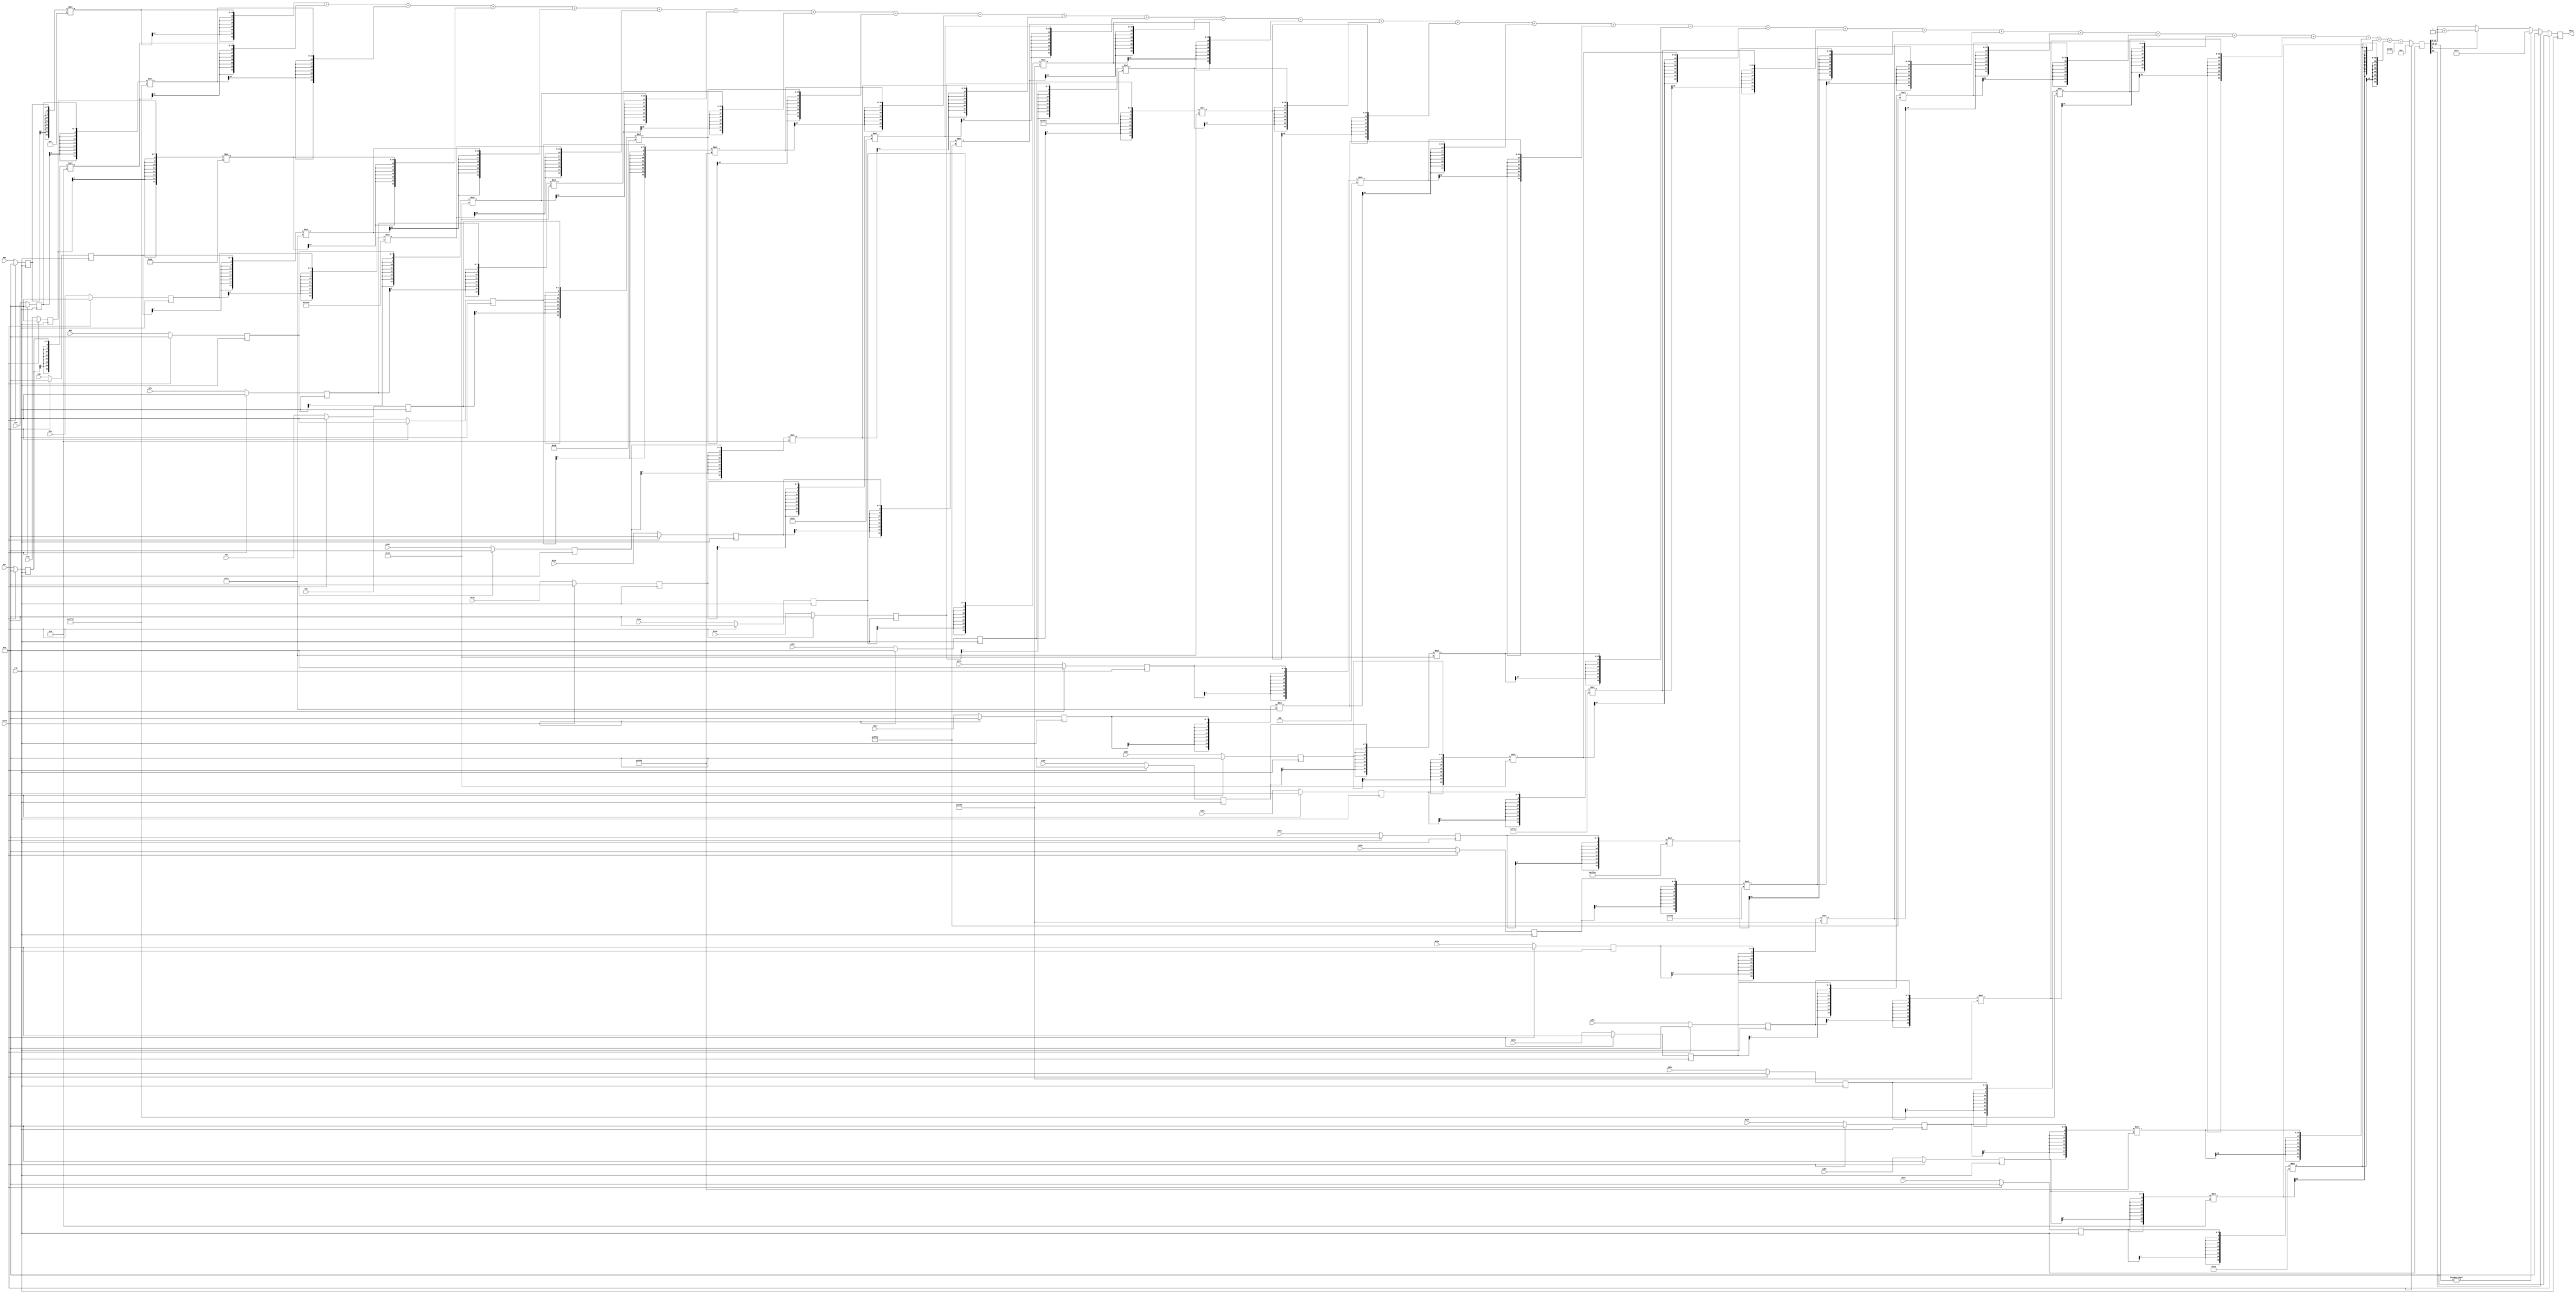
module node_5_12(clk,reset,N12x,A0x,A1x,A2x,A3x,A4x,A5x,A6x,A7x,A8x,A9x,A10x,A11x,A12x,A13x,A14x,A15x,A16x,A17x,A18x,A19x,A20x,A21x,A22x,A23x,A24x,A25x,A26x,A27x,A28x,A29x);
	input clk;
	input reset;
	input [7:0] A0x, A1x, A2x, A3x, A4x, A5x, A6x, A7x, A8x, A9x, A10x, A11x, A12x, A13x, A14x, A15x, A16x, A17x, A18x, A19x, A20x, A21x, A22x, A23x, A24x, A25x, A26x, A27x, A28x, A29x;
	reg [7:0] A0x_c, A1x_c, A2x_c, A3x_c, A4x_c, A5x_c, A6x_c, A7x_c, A8x_c, A9x_c, A10x_c, A11x_c, A12x_c, A13x_c, A14x_c, A15x_c, A16x_c, A17x_c, A18x_c, A19x_c, A20x_c, A21x_c, A22x_c, A23x_c, A24x_c, A25x_c, A26x_c, A27x_c, A28x_c, A29x_c;
	wire [15:0] sum0x, sum1x, sum2x, sum3x, sum4x, sum5x, sum6x, sum7x, sum8x, sum9x, sum10x, sum11x, sum12x, sum13x, sum14x, sum15x, sum16x, sum17x, sum18x, sum19x, sum20x, sum21x, sum22x, sum23x, sum24x, sum25x, sum26x, sum27x, sum28x, sum29x;
	output reg [7:0] N12x;
	reg [22:0] sumout;

	parameter [7:0] W0x=8'd12;
	parameter [7:0] W1x=8'd6;
	parameter [7:0] W2x=-8'd10;
	parameter [7:0] W3x=8'd32;
	parameter [7:0] W4x=8'd20;
	parameter [7:0] W5x=-8'd34;
	parameter [7:0] W6x=8'd18;
	parameter [7:0] W7x=8'd18;
	parameter [7:0] W8x=8'd22;
	parameter [7:0] W9x=-8'd8;
	parameter [7:0] W10x=8'd6;
	parameter [7:0] W11x=8'd34;
	parameter [7:0] W12x=-8'd2;
	parameter [7:0] W13x=-8'd16;
	parameter [7:0] W14x=-8'd14;
	parameter [7:0] W15x=8'd20;
	parameter [7:0] W16x=8'd20;
	parameter [7:0] W17x=8'd4;
	parameter [7:0] W18x=8'd18;
	parameter [7:0] W19x=8'd18;
	parameter [7:0] W20x=-8'd58;
	parameter [7:0] W21x=-8'd22;
	parameter [7:0] W22x=-8'd32;
	parameter [7:0] W23x=-8'd16;
	parameter [7:0] W24x=-8'd2;
	parameter [7:0] W25x=-8'd16;
	parameter [7:0] W26x=-8'd10;
	parameter [7:0] W27x=-8'd8;
	parameter [7:0] W28x=8'd6;
	parameter [7:0] W29x=8'd16;
	parameter [15:0] B0x=16'd1024;


	assign sum0x = {A0x_c[7],A0x_c[7],A0x_c[7],A0x_c[7],A0x_c[7],A0x_c[7],A0x_c[7],A0x_c[7],A0x_c}*{W0x[7],W0x[7],W0x[7],W0x[7],W0x[7],W0x[7],W0x[7],W0x[7],W0x};
	assign sum1x = {A1x_c[7],A1x_c[7],A1x_c[7],A1x_c[7],A1x_c[7],A1x_c[7],A1x_c[7],A1x_c[7],A1x_c}*{W1x[7],W1x[7],W1x[7],W1x[7],W1x[7],W1x[7],W1x[7],W1x[7],W1x};
	assign sum2x = {A2x_c[7],A2x_c[7],A2x_c[7],A2x_c[7],A2x_c[7],A2x_c[7],A2x_c[7],A2x_c[7],A2x_c}*{W2x[7],W2x[7],W2x[7],W2x[7],W2x[7],W2x[7],W2x[7],W2x[7],W2x};
	assign sum3x = {A3x_c[7],A3x_c[7],A3x_c[7],A3x_c[7],A3x_c[7],A3x_c[7],A3x_c[7],A3x_c[7],A3x_c}*{W3x[7],W3x[7],W3x[7],W3x[7],W3x[7],W3x[7],W3x[7],W3x[7],W3x};
	assign sum4x = {A4x_c[7],A4x_c[7],A4x_c[7],A4x_c[7],A4x_c[7],A4x_c[7],A4x_c[7],A4x_c[7],A4x_c}*{W4x[7],W4x[7],W4x[7],W4x[7],W4x[7],W4x[7],W4x[7],W4x[7],W4x};
	assign sum5x = {A5x_c[7],A5x_c[7],A5x_c[7],A5x_c[7],A5x_c[7],A5x_c[7],A5x_c[7],A5x_c[7],A5x_c}*{W5x[7],W5x[7],W5x[7],W5x[7],W5x[7],W5x[7],W5x[7],W5x[7],W5x};
	assign sum6x = {A6x_c[7],A6x_c[7],A6x_c[7],A6x_c[7],A6x_c[7],A6x_c[7],A6x_c[7],A6x_c[7],A6x_c}*{W6x[7],W6x[7],W6x[7],W6x[7],W6x[7],W6x[7],W6x[7],W6x[7],W6x};
	assign sum7x = {A7x_c[7],A7x_c[7],A7x_c[7],A7x_c[7],A7x_c[7],A7x_c[7],A7x_c[7],A7x_c[7],A7x_c}*{W7x[7],W7x[7],W7x[7],W7x[7],W7x[7],W7x[7],W7x[7],W7x[7],W7x};
	assign sum8x = {A8x_c[7],A8x_c[7],A8x_c[7],A8x_c[7],A8x_c[7],A8x_c[7],A8x_c[7],A8x_c[7],A8x_c}*{W8x[7],W8x[7],W8x[7],W8x[7],W8x[7],W8x[7],W8x[7],W8x[7],W8x};
	assign sum9x = {A9x_c[7],A9x_c[7],A9x_c[7],A9x_c[7],A9x_c[7],A9x_c[7],A9x_c[7],A9x_c[7],A9x_c}*{W9x[7],W9x[7],W9x[7],W9x[7],W9x[7],W9x[7],W9x[7],W9x[7],W9x};
	assign sum10x = {A10x_c[7],A10x_c[7],A10x_c[7],A10x_c[7],A10x_c[7],A10x_c[7],A10x_c[7],A10x_c[7],A10x_c}*{W10x[7],W10x[7],W10x[7],W10x[7],W10x[7],W10x[7],W10x[7],W10x[7],W10x};
	assign sum11x = {A11x_c[7],A11x_c[7],A11x_c[7],A11x_c[7],A11x_c[7],A11x_c[7],A11x_c[7],A11x_c[7],A11x_c}*{W11x[7],W11x[7],W11x[7],W11x[7],W11x[7],W11x[7],W11x[7],W11x[7],W11x};
	assign sum12x = {A12x_c[7],A12x_c[7],A12x_c[7],A12x_c[7],A12x_c[7],A12x_c[7],A12x_c[7],A12x_c[7],A12x_c}*{W12x[7],W12x[7],W12x[7],W12x[7],W12x[7],W12x[7],W12x[7],W12x[7],W12x};
	assign sum13x = {A13x_c[7],A13x_c[7],A13x_c[7],A13x_c[7],A13x_c[7],A13x_c[7],A13x_c[7],A13x_c[7],A13x_c}*{W13x[7],W13x[7],W13x[7],W13x[7],W13x[7],W13x[7],W13x[7],W13x[7],W13x};
	assign sum14x = {A14x_c[7],A14x_c[7],A14x_c[7],A14x_c[7],A14x_c[7],A14x_c[7],A14x_c[7],A14x_c[7],A14x_c}*{W14x[7],W14x[7],W14x[7],W14x[7],W14x[7],W14x[7],W14x[7],W14x[7],W14x};
	assign sum15x = {A15x_c[7],A15x_c[7],A15x_c[7],A15x_c[7],A15x_c[7],A15x_c[7],A15x_c[7],A15x_c[7],A15x_c}*{W15x[7],W15x[7],W15x[7],W15x[7],W15x[7],W15x[7],W15x[7],W15x[7],W15x};
	assign sum16x = {A16x_c[7],A16x_c[7],A16x_c[7],A16x_c[7],A16x_c[7],A16x_c[7],A16x_c[7],A16x_c[7],A16x_c}*{W16x[7],W16x[7],W16x[7],W16x[7],W16x[7],W16x[7],W16x[7],W16x[7],W16x};
	assign sum17x = {A17x_c[7],A17x_c[7],A17x_c[7],A17x_c[7],A17x_c[7],A17x_c[7],A17x_c[7],A17x_c[7],A17x_c}*{W17x[7],W17x[7],W17x[7],W17x[7],W17x[7],W17x[7],W17x[7],W17x[7],W17x};
	assign sum18x = {A18x_c[7],A18x_c[7],A18x_c[7],A18x_c[7],A18x_c[7],A18x_c[7],A18x_c[7],A18x_c[7],A18x_c}*{W18x[7],W18x[7],W18x[7],W18x[7],W18x[7],W18x[7],W18x[7],W18x[7],W18x};
	assign sum19x = {A19x_c[7],A19x_c[7],A19x_c[7],A19x_c[7],A19x_c[7],A19x_c[7],A19x_c[7],A19x_c[7],A19x_c}*{W19x[7],W19x[7],W19x[7],W19x[7],W19x[7],W19x[7],W19x[7],W19x[7],W19x};
	assign sum20x = {A20x_c[7],A20x_c[7],A20x_c[7],A20x_c[7],A20x_c[7],A20x_c[7],A20x_c[7],A20x_c[7],A20x_c}*{W20x[7],W20x[7],W20x[7],W20x[7],W20x[7],W20x[7],W20x[7],W20x[7],W20x};
	assign sum21x = {A21x_c[7],A21x_c[7],A21x_c[7],A21x_c[7],A21x_c[7],A21x_c[7],A21x_c[7],A21x_c[7],A21x_c}*{W21x[7],W21x[7],W21x[7],W21x[7],W21x[7],W21x[7],W21x[7],W21x[7],W21x};
	assign sum22x = {A22x_c[7],A22x_c[7],A22x_c[7],A22x_c[7],A22x_c[7],A22x_c[7],A22x_c[7],A22x_c[7],A22x_c}*{W22x[7],W22x[7],W22x[7],W22x[7],W22x[7],W22x[7],W22x[7],W22x[7],W22x};
	assign sum23x = {A23x_c[7],A23x_c[7],A23x_c[7],A23x_c[7],A23x_c[7],A23x_c[7],A23x_c[7],A23x_c[7],A23x_c}*{W23x[7],W23x[7],W23x[7],W23x[7],W23x[7],W23x[7],W23x[7],W23x[7],W23x};
	assign sum24x = {A24x_c[7],A24x_c[7],A24x_c[7],A24x_c[7],A24x_c[7],A24x_c[7],A24x_c[7],A24x_c[7],A24x_c}*{W24x[7],W24x[7],W24x[7],W24x[7],W24x[7],W24x[7],W24x[7],W24x[7],W24x};
	assign sum25x = {A25x_c[7],A25x_c[7],A25x_c[7],A25x_c[7],A25x_c[7],A25x_c[7],A25x_c[7],A25x_c[7],A25x_c}*{W25x[7],W25x[7],W25x[7],W25x[7],W25x[7],W25x[7],W25x[7],W25x[7],W25x};
	assign sum26x = {A26x_c[7],A26x_c[7],A26x_c[7],A26x_c[7],A26x_c[7],A26x_c[7],A26x_c[7],A26x_c[7],A26x_c}*{W26x[7],W26x[7],W26x[7],W26x[7],W26x[7],W26x[7],W26x[7],W26x[7],W26x};
	assign sum27x = {A27x_c[7],A27x_c[7],A27x_c[7],A27x_c[7],A27x_c[7],A27x_c[7],A27x_c[7],A27x_c[7],A27x_c}*{W27x[7],W27x[7],W27x[7],W27x[7],W27x[7],W27x[7],W27x[7],W27x[7],W27x};
	assign sum28x = {A28x_c[7],A28x_c[7],A28x_c[7],A28x_c[7],A28x_c[7],A28x_c[7],A28x_c[7],A28x_c[7],A28x_c}*{W28x[7],W28x[7],W28x[7],W28x[7],W28x[7],W28x[7],W28x[7],W28x[7],W28x};
	assign sum29x = {A29x_c[7],A29x_c[7],A29x_c[7],A29x_c[7],A29x_c[7],A29x_c[7],A29x_c[7],A29x_c[7],A29x_c}*{W29x[7],W29x[7],W29x[7],W29x[7],W29x[7],W29x[7],W29x[7],W29x[7],W29x};

	always@(posedge clk) begin

		if(reset)
			begin
			N12x<=8'd0;
			sumout<=16'd0;
			A0x_c <= 8'd0;
			A1x_c <= 8'd0;
			A2x_c <= 8'd0;
			A3x_c <= 8'd0;
			A4x_c <= 8'd0;
			A5x_c <= 8'd0;
			A6x_c <= 8'd0;
			A7x_c <= 8'd0;
			A8x_c <= 8'd0;
			A9x_c <= 8'd0;
			A10x_c <= 8'd0;
			A11x_c <= 8'd0;
			A12x_c <= 8'd0;
			A13x_c <= 8'd0;
			A14x_c <= 8'd0;
			A15x_c <= 8'd0;
			A16x_c <= 8'd0;
			A17x_c <= 8'd0;
			A18x_c <= 8'd0;
			A19x_c <= 8'd0;
			A20x_c <= 8'd0;
			A21x_c <= 8'd0;
			A22x_c <= 8'd0;
			A23x_c <= 8'd0;
			A24x_c <= 8'd0;
			A25x_c <= 8'd0;
			A26x_c <= 8'd0;
			A27x_c <= 8'd0;
			A28x_c <= 8'd0;
			A29x_c <= 8'd0;
			end
		else
			begin
			A0x_c <= A0x;
			A1x_c <= A1x;
			A2x_c <= A2x;
			A3x_c <= A3x;
			A4x_c <= A4x;
			A5x_c <= A5x;
			A6x_c <= A6x;
			A7x_c <= A7x;
			A8x_c <= A8x;
			A9x_c <= A9x;
			A10x_c <= A10x;
			A11x_c <= A11x;
			A12x_c <= A12x;
			A13x_c <= A13x;
			A14x_c <= A14x;
			A15x_c <= A15x;
			A16x_c <= A16x;
			A17x_c <= A17x;
			A18x_c <= A18x;
			A19x_c <= A19x;
			A20x_c <= A20x;
			A21x_c <= A21x;
			A22x_c <= A22x;
			A23x_c <= A23x;
			A24x_c <= A24x;
			A25x_c <= A25x;
			A26x_c <= A26x;
			A27x_c <= A27x;
			A28x_c <= A28x;
			A29x_c <= A29x;
			sumout<={sum0x[15],sum0x[15],sum0x[15],sum0x[15],sum0x[15],sum0x[15],sum0x[15],sum0x}+{sum1x[15],sum1x[15],sum1x[15],sum1x[15],sum1x[15],sum1x[15],sum1x[15],sum1x}+{sum2x[15],sum2x[15],sum2x[15],sum2x[15],sum2x[15],sum2x[15],sum2x[15],sum2x}+{sum3x[15],sum3x[15],sum3x[15],sum3x[15],sum3x[15],sum3x[15],sum3x[15],sum3x}+{sum4x[15],sum4x[15],sum4x[15],sum4x[15],sum4x[15],sum4x[15],sum4x[15],sum4x}+{sum5x[15],sum5x[15],sum5x[15],sum5x[15],sum5x[15],sum5x[15],sum5x[15],sum5x}+{sum6x[15],sum6x[15],sum6x[15],sum6x[15],sum6x[15],sum6x[15],sum6x[15],sum6x}+{sum7x[15],sum7x[15],sum7x[15],sum7x[15],sum7x[15],sum7x[15],sum7x[15],sum7x}+{sum8x[15],sum8x[15],sum8x[15],sum8x[15],sum8x[15],sum8x[15],sum8x[15],sum8x}+{sum9x[15],sum9x[15],sum9x[15],sum9x[15],sum9x[15],sum9x[15],sum9x[15],sum9x}+{sum10x[15],sum10x[15],sum10x[15],sum10x[15],sum10x[15],sum10x[15],sum10x[15],sum10x}+{sum11x[15],sum11x[15],sum11x[15],sum11x[15],sum11x[15],sum11x[15],sum11x[15],sum11x}+{sum12x[15],sum12x[15],sum12x[15],sum12x[15],sum12x[15],sum12x[15],sum12x[15],sum12x}+{sum13x[15],sum13x[15],sum13x[15],sum13x[15],sum13x[15],sum13x[15],sum13x[15],sum13x}+{sum14x[15],sum14x[15],sum14x[15],sum14x[15],sum14x[15],sum14x[15],sum14x[15],sum14x}+{sum15x[15],sum15x[15],sum15x[15],sum15x[15],sum15x[15],sum15x[15],sum15x[15],sum15x}+{sum16x[15],sum16x[15],sum16x[15],sum16x[15],sum16x[15],sum16x[15],sum16x[15],sum16x}+{sum17x[15],sum17x[15],sum17x[15],sum17x[15],sum17x[15],sum17x[15],sum17x[15],sum17x}+{sum18x[15],sum18x[15],sum18x[15],sum18x[15],sum18x[15],sum18x[15],sum18x[15],sum18x}+{sum19x[15],sum19x[15],sum19x[15],sum19x[15],sum19x[15],sum19x[15],sum19x[15],sum19x}+{sum20x[15],sum20x[15],sum20x[15],sum20x[15],sum20x[15],sum20x[15],sum20x[15],sum20x}+{sum21x[15],sum21x[15],sum21x[15],sum21x[15],sum21x[15],sum21x[15],sum21x[15],sum21x}+{sum22x[15],sum22x[15],sum22x[15],sum22x[15],sum22x[15],sum22x[15],sum22x[15],sum22x}+{sum23x[15],sum23x[15],sum23x[15],sum23x[15],sum23x[15],sum23x[15],sum23x[15],sum23x}+{sum24x[15],sum24x[15],sum24x[15],sum24x[15],sum24x[15],sum24x[15],sum24x[15],sum24x}+{sum25x[15],sum25x[15],sum25x[15],sum25x[15],sum25x[15],sum25x[15],sum25x[15],sum25x}+{sum26x[15],sum26x[15],sum26x[15],sum26x[15],sum26x[15],sum26x[15],sum26x[15],sum26x}+{sum27x[15],sum27x[15],sum27x[15],sum27x[15],sum27x[15],sum27x[15],sum27x[15],sum27x}+{sum28x[15],sum28x[15],sum28x[15],sum28x[15],sum28x[15],sum28x[15],sum28x[15],sum28x}+{sum29x[15],sum29x[15],sum29x[15],sum29x[15],sum29x[15],sum29x[15],sum29x[15],sum29x}+{B0x[15],B0x[15],B0x[15],B0x[15],B0x[15],B0x[15],B0x[15],B0x};

			if(sumout[22]==0)
				begin
				if(sumout[21:13]!=9'b0)
					N12x<=8'd127;
				else
					begin
					if(sumout[5]==1)
						N12x<=sumout[13:6]+8'd1;
					else
						N12x<=sumout[13:6];
					end
				end
			else
				N12x<=8'd0;
			end
		end
endmodule